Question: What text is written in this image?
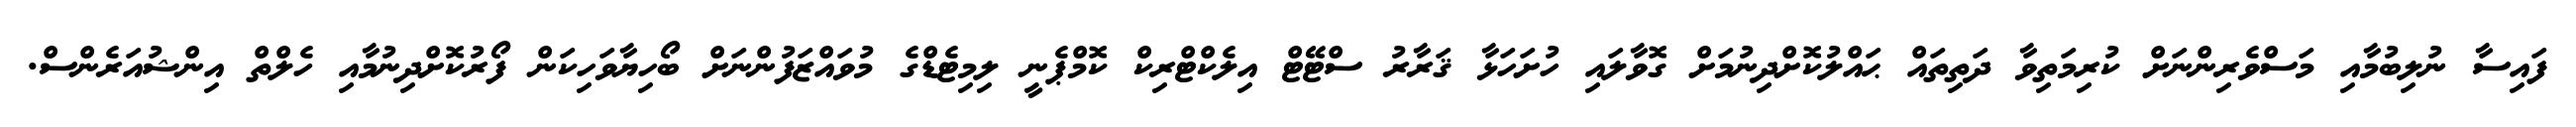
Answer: ފައިސާ ނުލިބުމާއި މަސްވެރިންނަށް ކުރިމަތިވާ ދަތިތައް ޙައްލުކޮށްދިނުމަށް ގޮވާލައި ހުށަހަޅާ ޤަރާރު ސްޓޭޓް އިލެކްޓްރިކް ކޮމްޕެނީ ލިމިޓެޑްގެ މުވައްޒަފުންނަށް ބޯހިޔާވަހިކަން ފޯރުކޮށްދިނުމާއި ހެލްތް އިންޝުއަރެންސް.